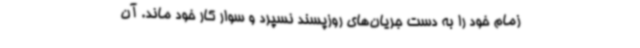
زمام خود را به دست جریان‌های روزپسند نسپرد و سوار کار خود ماند. آن